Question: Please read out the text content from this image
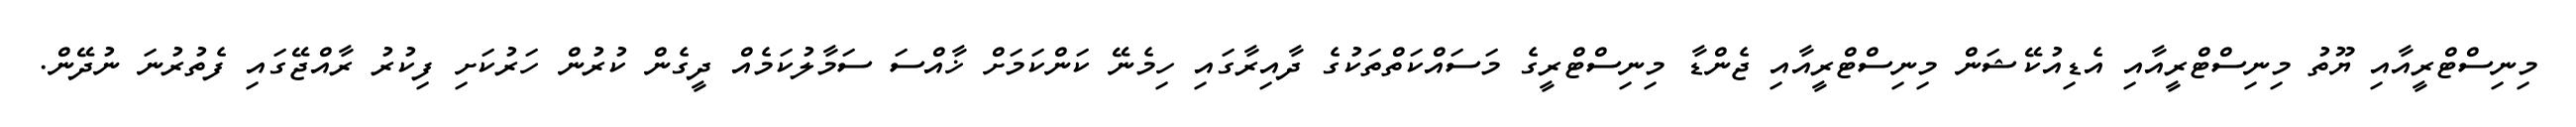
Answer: މިނިސްޓްރީއާއި ޔޫތު މިނިސްޓްރީއާއި އެޑިއުކޭޝަން މިނިސްޓްރީއާއި ޖެންޑާ މިނިސްޓްރީގެ މަސައްކަތްތަކުގެ ދާއިރާގައި ހިމެނޭ ކަންކަމަށް ޚާއްސަ ސަމާލުކަމެއް ދީގެން ކުރުން ހަރުކަށި ފިކުރު ރާއްޖޭގައި ފެތުރުނަ ނުދޭން.